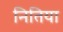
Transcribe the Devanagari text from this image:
नितिया